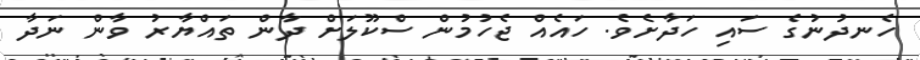
ހެނދުނުގެ ސައި ހަދާށެވެ. ހައެއް ޖެހުމުން ސްކޫލަށް ދާން ތައްޔާރު ވާން ނަދާ